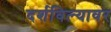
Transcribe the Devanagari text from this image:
दर्शविल्यावर